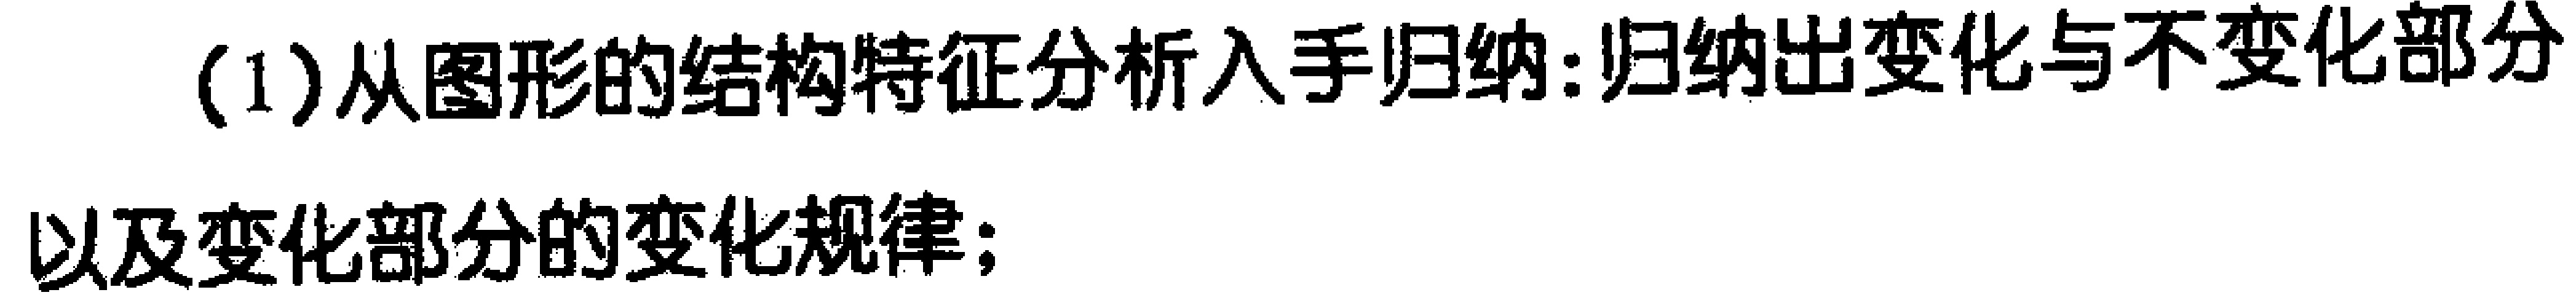
(1)从图形的结构特征分析入手归纳:归纳出变化与不变化部分以及变化部分的变化规律;